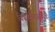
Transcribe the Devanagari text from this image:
विग्रहैर्वेदसञ्ज्ञैः